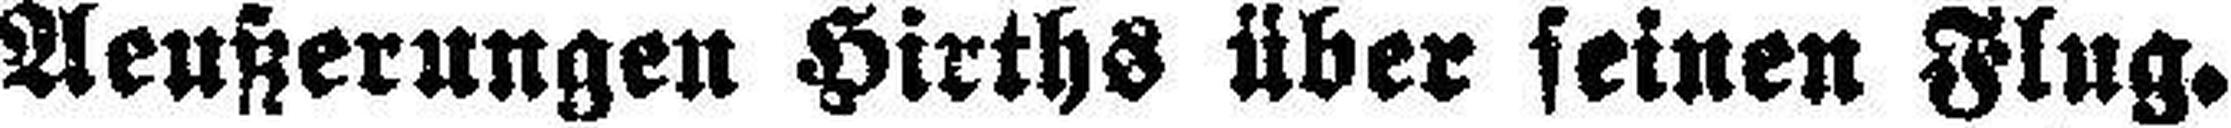
Aeußerungen Hirths über seinen Flug.